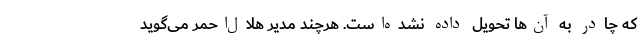
كه چادر به آن‌ها تحويل داده نشده‌است. هرچند مدیر هلال‌احمر می‌گوید